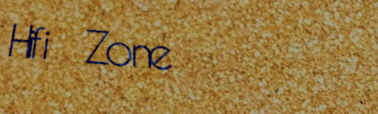
Hifi Zone